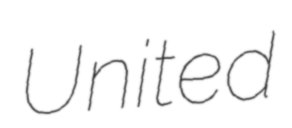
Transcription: United